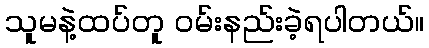
သူမနဲ့ထပ်တူ ဝမ်းနည်းခဲ့ရပါတယ်။